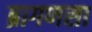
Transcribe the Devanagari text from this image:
ब्रागणसा